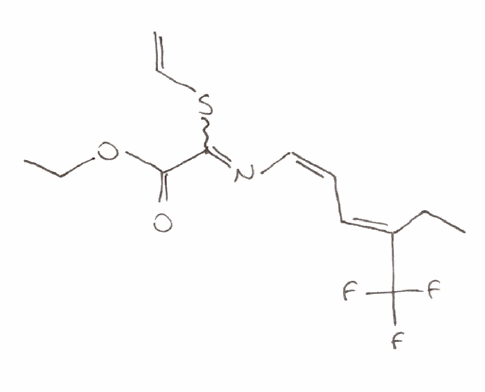
Simplified molecular-input line-entry system (SMILES) notation of the given molecule:
CC/C(=C\C=C/N=C(C(=O)OCC)SC=C)/C(F)(F)F